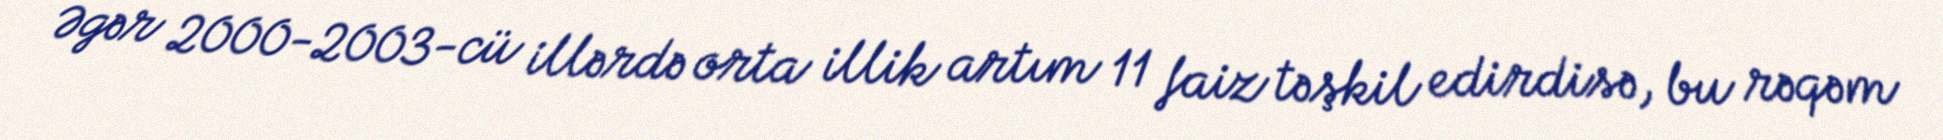
Əgər 2000-2003-cü illərdə orta illik artım 11 faiz təşkil edirdisə, bu rəqəm